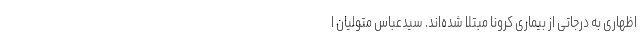
اظهاری به درجاتی از بیماری کرونا مبتلا شده‌اند. سیدعباس متولیان ا